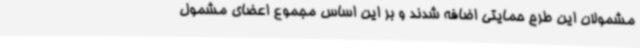
مشمولان این طرح حمایتی اضافه شدند و بر این اساس مجموع اعضای مشمول